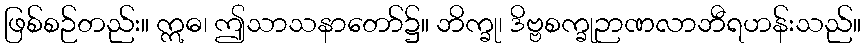
ဖြစ်စဉ်တည်း။ ဣဓ၊ ဤသာသနာတော်၌။ ဘိက္ခု၊ ဒိဗ္ဗစက္ခုဉာဏလာဘီရဟန်းသည်။